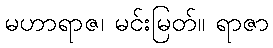
မဟာရာဇ၊ မင်းမြတ်။ ရာဇာ